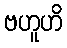
ဗဟူဟိ